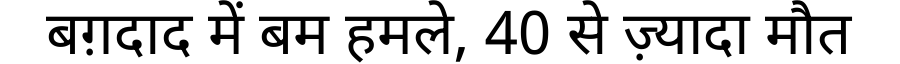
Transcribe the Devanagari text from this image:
बग़दाद में बम हमले, 40 से ज़्यादा मौत